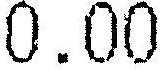
0.00